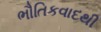
ભૌતિકવાદથી